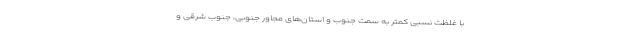
با غلظت نسبی کمتر به سمت جنوب و استان‌های مجاور جنوبی، جنوب شرقی و